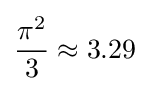
{\frac {\pi ^{2}}{3}}\approx 3.29